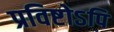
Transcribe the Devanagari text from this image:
प्रविष्टोऽपि